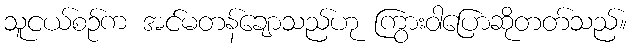
သူငယ်စဉ်က အင်မတန်ချောသည်ဟု ကြွားဝါပြောဆိုတတ်သည်။